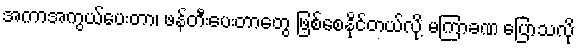
အကာအကွယ်ပေးတာ၊ ဖန်တီးပေးတာတွေ ဖြစ်စေနိုင်တယ်လို့ မကြာခဏ ပြောသလို